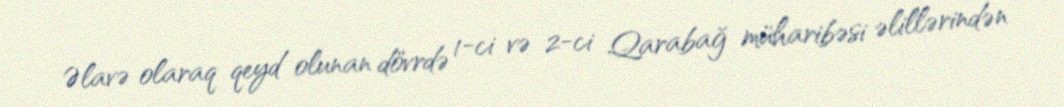
Əlavə olaraq qeyd olunan dövrdə 1-ci və 2-ci Qarabağ müharibəsi əlillərindən